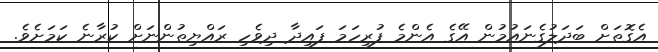
އެގޮތަށް ބަދަލުގެނައުމުން އޭގެ އެންމެ ފުރިހަމަ ފައިދާ ދިވެހި ރައްޔިތުންނަށް ކުރާނެ ކަމަށެވެ.